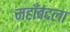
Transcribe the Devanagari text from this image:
महाँबंदला